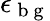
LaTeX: \epsilon_{{\mathrm{~b~g~}}}